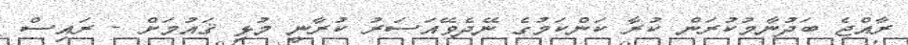
ރާއްޖެ ބަދުނާމުކުރަން ކުރާ ކަންކަމުގެ ނޭދެވޭއަސަރު ކުރާނީ މުޅި ޤައުމަށް - ރައިސް